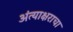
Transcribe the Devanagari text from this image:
अंत्याक्षराचा